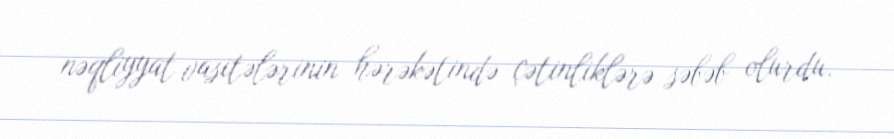
nəqliyyat vasitələrinin hərəkətində çətinliklərə səbəb olurdu.